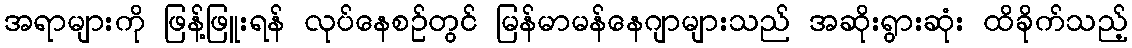
အရာများကို ဖြန့်ဖြူးရန် လုပ်နေစဉ်တွင် မြန်မာမန်နေဂျာများသည် အဆိုးရွားဆုံး ထိခိုက်သည့်